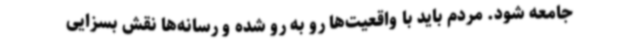
جامعه شود. مردم باید با واقعیت‌ها رو به رو شده و رسانه‌ها نقش بسزایی